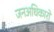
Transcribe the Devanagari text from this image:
जनअधिकारों